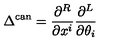
\Delta ^ { \mathrm { c a n } } = \frac { \partial ^ { R } } { \partial x ^ { i } } \frac { \partial ^ { L } } { \partial \theta _ { i } }